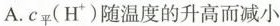
A.c_{平}(H^{+})随温度的升高而减小